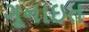
ગૂનાઇત